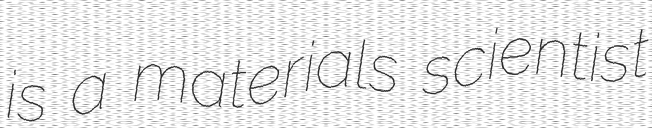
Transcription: is a materials scientist